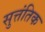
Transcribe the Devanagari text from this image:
सुत्तंतिक